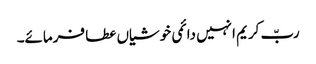
ربّ کریم انہیں دائمی خوشیاں عطا فرمائے۔